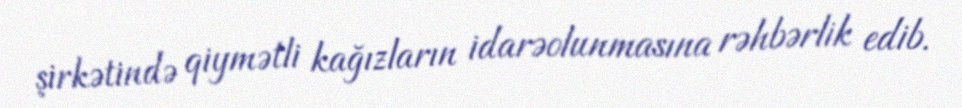
şirkətində qiymətli kağızların idarəolunmasına rəhbərlik edib.